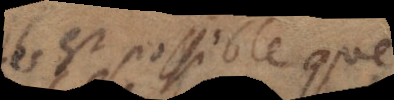
il est possible que